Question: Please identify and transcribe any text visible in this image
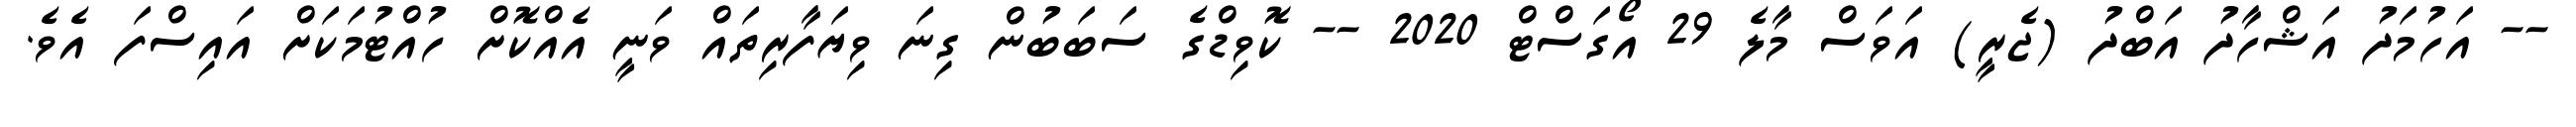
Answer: -- އަހުމަދު އަޝްހާދު އަބްދު (ޖެރީ) އަވަސް މާލެ 29 އޯގަސްޓް 2020 -- ކޮވިޑްގެ ސަބަބުން ގިނަ ވިޔަފާރިތައް ވަނީ އެއްކޮށް ހުއްޓުމަކަށް އައިސްފަ އެވެ.